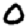
Digit: 0